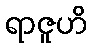
ရာဇူဟိ